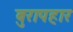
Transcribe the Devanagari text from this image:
बुरापहार